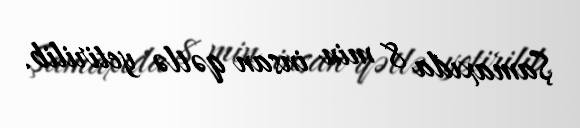
Şamaxıda 8 min insan qətlə yetirilib.